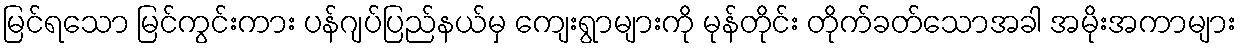
မြင်ရသော မြင်ကွင်းကား ပန်ဂျပ်ပြည်နယ်မှ ကျေးရွာများကို မုန်တိုင်း တိုက်ခတ်သောအခါ အမိုးအကာများ